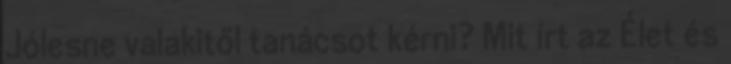
Jólesne valakitől tanácsot kérni? Mit írt az Élet és